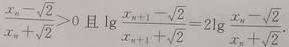
$\frac{x_{n}-\sqrt{2}}{x_{n}+\sqrt{2}}>0\text{ 且 }\lg\frac{x_{n + 1}-\sqrt{2}}{x_{n + 1}+\sqrt{2}} = 2\lg\frac{x_{n}-\sqrt{2}}{x_{n}+\sqrt{2}}.$